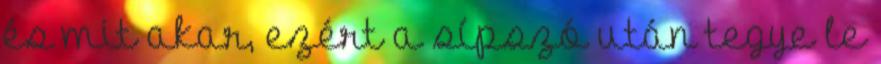
és mit akar, ezért a sípszó után tegye le